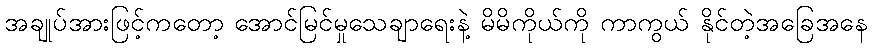
အချုပ်အားဖြင့်ကတော့ အောင်မြင်မှုသေချာရေးနဲ့ မိမိကိုယ်ကို ကာကွယ် နိုင်တဲ့အခြေအနေ